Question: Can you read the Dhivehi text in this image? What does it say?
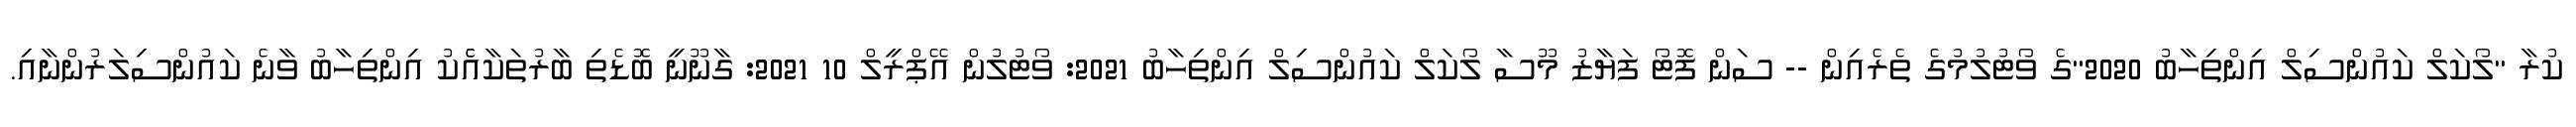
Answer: ކުރާ "ލޯކަލް ކައުންސިލް އިންތިހާބު 2020"ގެ ވޯޓުލުމުގެ ތެރެއިން -- ސަން ފޮޓޯ ފަޔާޒު މޫސާ ލޯކަލް ކައުންސިލް އިންތިހާބު 2021: ވޯޓުލުން އޭޕްރީލް 10 2021: ގާނޫނީ ބޮޑެތި ބާރުތަކާއެެކު އިންތިހާބު ވާނެ ކައުންސިލަރުންނާއި.